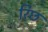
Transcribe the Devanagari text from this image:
रिछ